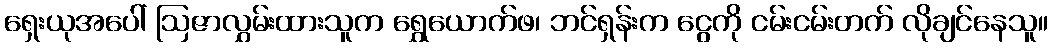
ရှေးယုအပေါ် ဩဇာလွှမ်းထားသူက ရွှေယောက်ဖ၊ ဘင်ရှန်းက ငွေကို ငမ်းငမ်းတက် လိုချင်နေသူ။